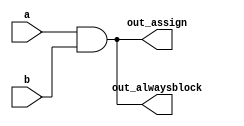
// (In SystemVerilog, use always_comb.)

// Build an AND gate using both an assign statement and a combinational always block. (Since assign statements and combinational always blocks function identically, there is no way to enforce that you're using both methods. But you're here for practice, right?...)
// synthesis verilog_input_version verilog_2001
module top_module(
    input a, 
    input b,
    output wire out_assign,
    output reg out_alwaysblock
);
    assign out_assign=a & b;
    always@(*) begin
        out_alwaysblock= a & b;
    end
endmodule